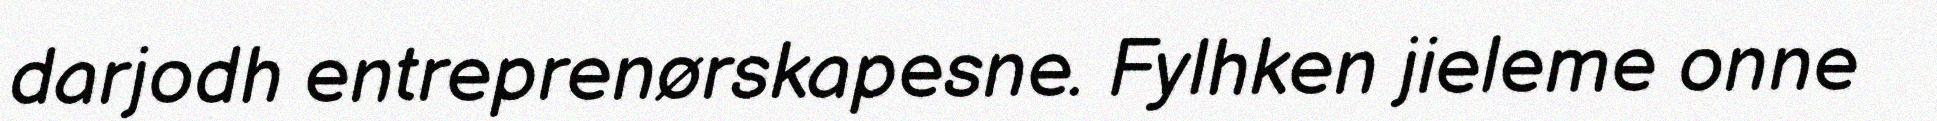
darjodh entreprenørskapesne. Fylhken jieleme onne